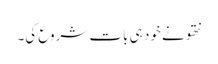
نتھو نے خود ہی بات شروع کی۔